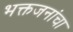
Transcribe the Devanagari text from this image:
भक्तजनांचा